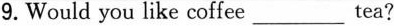
9.Would you like coffee___tea?